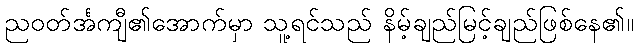
ညဝတ်င်္အကျီ၏အောက်မှာ သူ့ရင်သည် နိမ့်ချည်မြင့်ချည်ဖြစ်နေ၏။